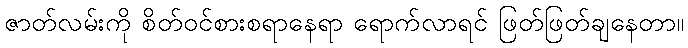
ဇာတ်လမ်းကို စိတ်ဝင်စားစရာနေရာ ရောက်လာရင် ဖြတ်ဖြတ်ချနေတာ။